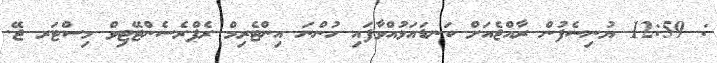
: 12:59 ޔުނިސެފުން ރާއްޖެއަށް ކަނޑައަޅުއްވާފައި ހުންނަ އިންޓެރިމް ރެޕްރެސެންޓޭޓިވް މިސްޓަރ ޖޭ.